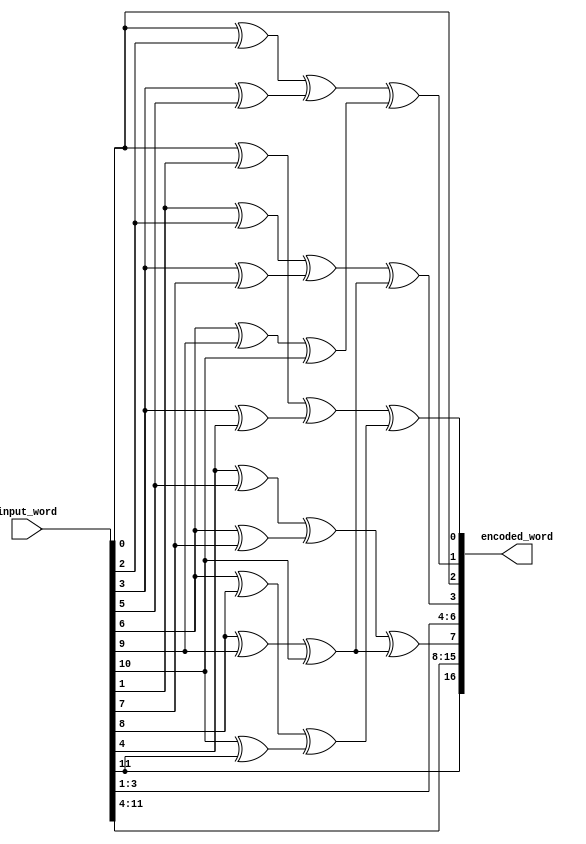

module Hamming_Encoder (output wire[17:1] encoded_word,
                        input wire[12:1] input_word);


xor(w1_1, input_word[1], input_word[2]);
xor(w1_2, input_word[4], input_word[5]);
xor(w1_3, input_word[7], input_word[9]);
xor(w1_4, input_word[11], input_word[12]);
xor(w1_5, w1_1, w1_2);
xor(w1_6, w1_3, w1_4);
xor(encoded_word[1], w1_5, w1_6);


xor(w2_1, input_word[1], input_word[3]);
xor(w2_2, input_word[4], input_word[6]);
xor(w2_3, input_word[7], input_word[10]);
xor(w2_4, w2_1, w2_2);
xor(w2_5, w2_3, input_word[11]);
xor(encoded_word[2], w2_4, w2_5);

xor(w3_1, input_word[2], input_word[3]);
xor(w3_2, input_word[4], input_word[8]);
xor(w3_3, input_word[9], input_word[10]);
xor(w3_4, w3_1, w3_2);
xor(w3_5, w3_3, input_word[11]);
xor(encoded_word[4], w3_4, w3_5);

xor(w4_1, input_word[5], input_word[6]);
xor(w4_2, input_word[7], input_word[8]);
xor(w4_3, input_word[9], input_word[10]);
xor(w4_4, w4_1, w4_2);
xor(w4_5, w4_3, input_word[11]);
xor(encoded_word[8], w4_4, w4_5);

assign encoded_word[3] = input_word[1];
assign encoded_word[5] = input_word[2];
assign encoded_word[6] = input_word[3];
assign encoded_word[7] = input_word[4];
assign encoded_word[9] = input_word[5];
assign encoded_word[10] = input_word[6];
assign encoded_word[11] = input_word[7];
assign encoded_word[12] = input_word[8];
assign encoded_word[13] = input_word[9];
assign encoded_word[14] = input_word[10];
assign encoded_word[15] = input_word[11];
assign encoded_word[16] = input_word[12];
assign encoded_word[17] = input_word[12];

endmodule